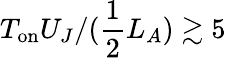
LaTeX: T_{\mathrm{on}}U_{J}/(\frac{1}{2}L_{A})\gtrsim 5